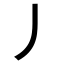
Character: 丿